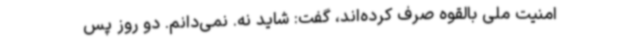
امنیت ملی بالقوه صرف کرده‌اند، گفت:‌ شاید نه. نمی‌دانم. دو روز پس